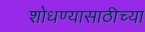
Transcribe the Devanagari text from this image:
शोधण्यासाठीच्या